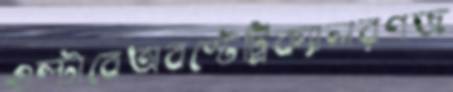
ওল্টাবেঅবস্টেট্রিক্যালরণজ